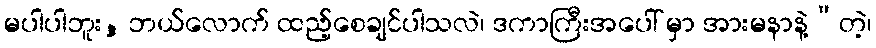
မပါပါဘူး, ဘယ်လောက် ထည့်စေချင်ပါသလဲ၊ ဒကာကြီးအပေါ် မှာ အားမနာနဲ့”တဲ့၊